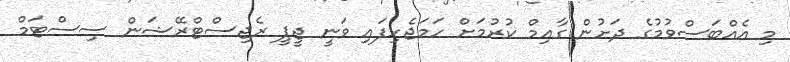
މި އެއްބަސްވުމުގެ ދަށުން ގާއިމް ކުރުމަށް ހަމަޖެހިފައި ވަނީ ޖީޕީ ރެޖިސްޓްރޭޝަން ސިސްޓަމް